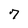
Character: 7